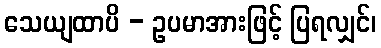
သေယျထာပိ - ဥပမာအားဖြင့် ပြရလျှင်၊